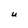
Character: U